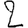
Digit: 2